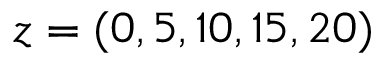
z = ( 0 , 5 , 1 0 , 1 5 , 2 0 )